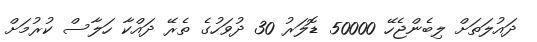
ދައުލަތަށް ލިބެންޖެހޭ 50000 ޑޮލަރު 30 ދުވަހުގެ ތެރޭ ދައްކާ ހަލާސް ކުރުމަށް